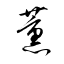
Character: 薰